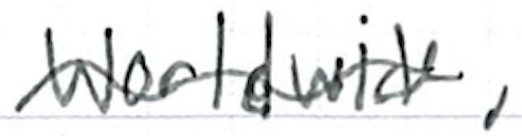
Text: worldwide,
Cross-out: wave
Writing tool: ballpoint